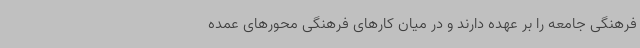
فرهنگی جامعه را بر عهده دارند و در میان کارهای فرهنگی محورهای عمده